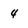
Character: 4